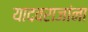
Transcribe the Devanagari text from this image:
यादवराजांना